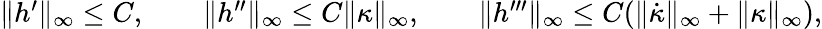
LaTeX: \begin{array}{r}{\| h^{\prime}\| _{\infty}\leq C,\qquad\| h^{\prime\prime}\| _{\infty}\leq C\| \kappa\| _{\infty},\qquad\| h^{\prime\prime\prime}\| _{\infty}\leq C(\| \dot{\kappa}\| _{\infty}+\| \kappa\| _{\infty}),}\end{array}